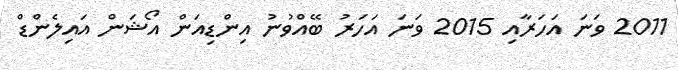
2011 ވަނަ އަހަރާއި 2015 ވަނަ އަހަރު ބޭއްވުނު އިންޑިއަން އޯޝަން އައިލެންޑް